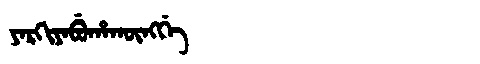
Manchu: ᠶᠠᡵᡴᡳᠶᠠᠪᡠᡥᠠᡴᡡᠩᡤᡝ
Romanization: YARKIYABUHAKŪNGGE